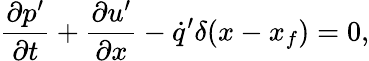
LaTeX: \frac{\partial p^{\prime}}{\partial t}+\frac{\partial u^{\prime}}{\partial x}-\dot{q}^{\prime}\delta(x-x_{f})=0,